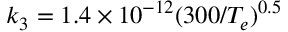
k _ { 3 } = 1 . 4 \times 1 0 ^ { - 1 2 } ( 3 0 0 / T _ { e } ) ^ { 0 . 5 }